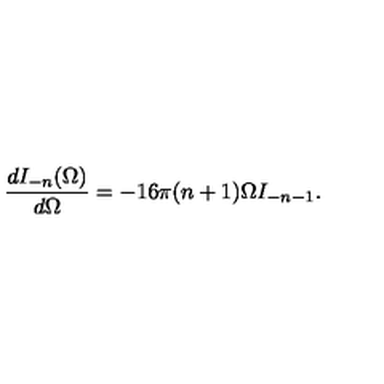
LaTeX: \frac { d I _ { - n } ( \Omega ) } { d \Omega } = - 1 6 \pi ( n + 1 ) \Omega I _ { - n - 1 } .